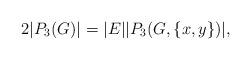
LaTeX: \begin{align*}2|P_3(G)|=|E||P_3(G,\{x,y\})|, \end{align*}